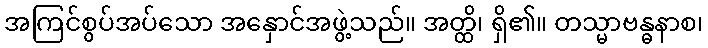
အကြင်စွပ်အပ်သော အနှောင်အဖွဲ့သည်။ အတ္ထိ၊ ရှိ၏။ တသ္မာဗန္ဓနာစ၊